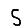
Digit: 5